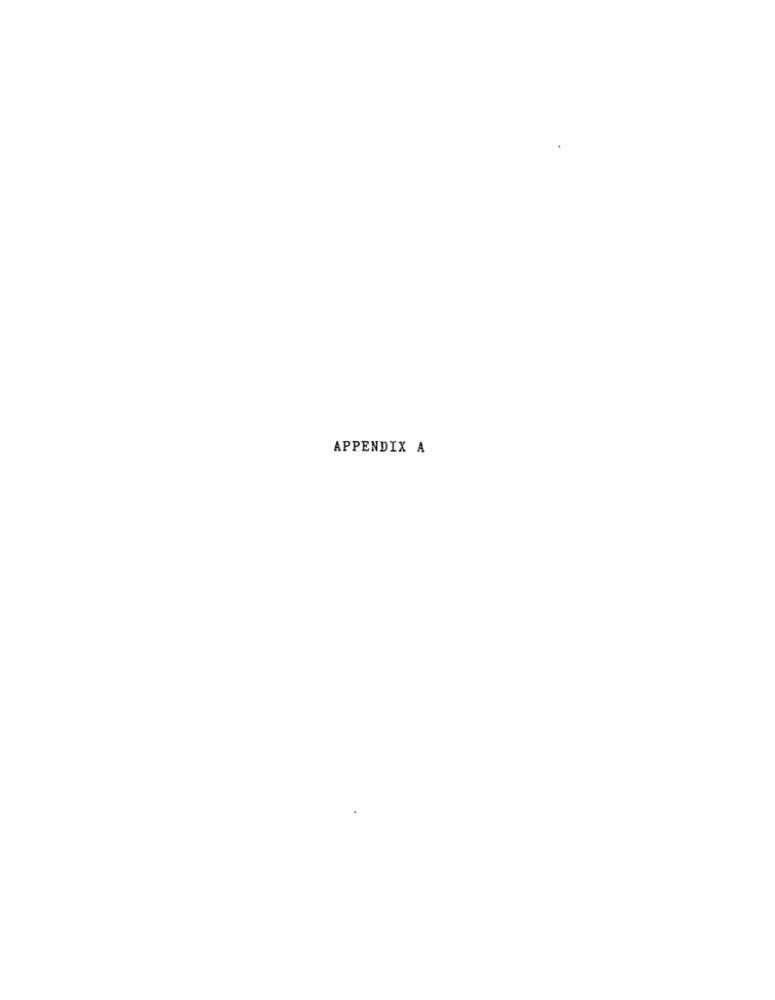
APPENDIX A